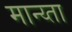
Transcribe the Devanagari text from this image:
मान्य्ता